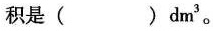
积是( )dm^{3}。